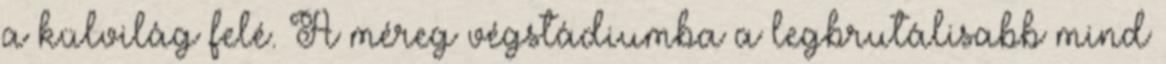
a külvilág felé. A méreg végstádiumba a legbrutálisabb mind